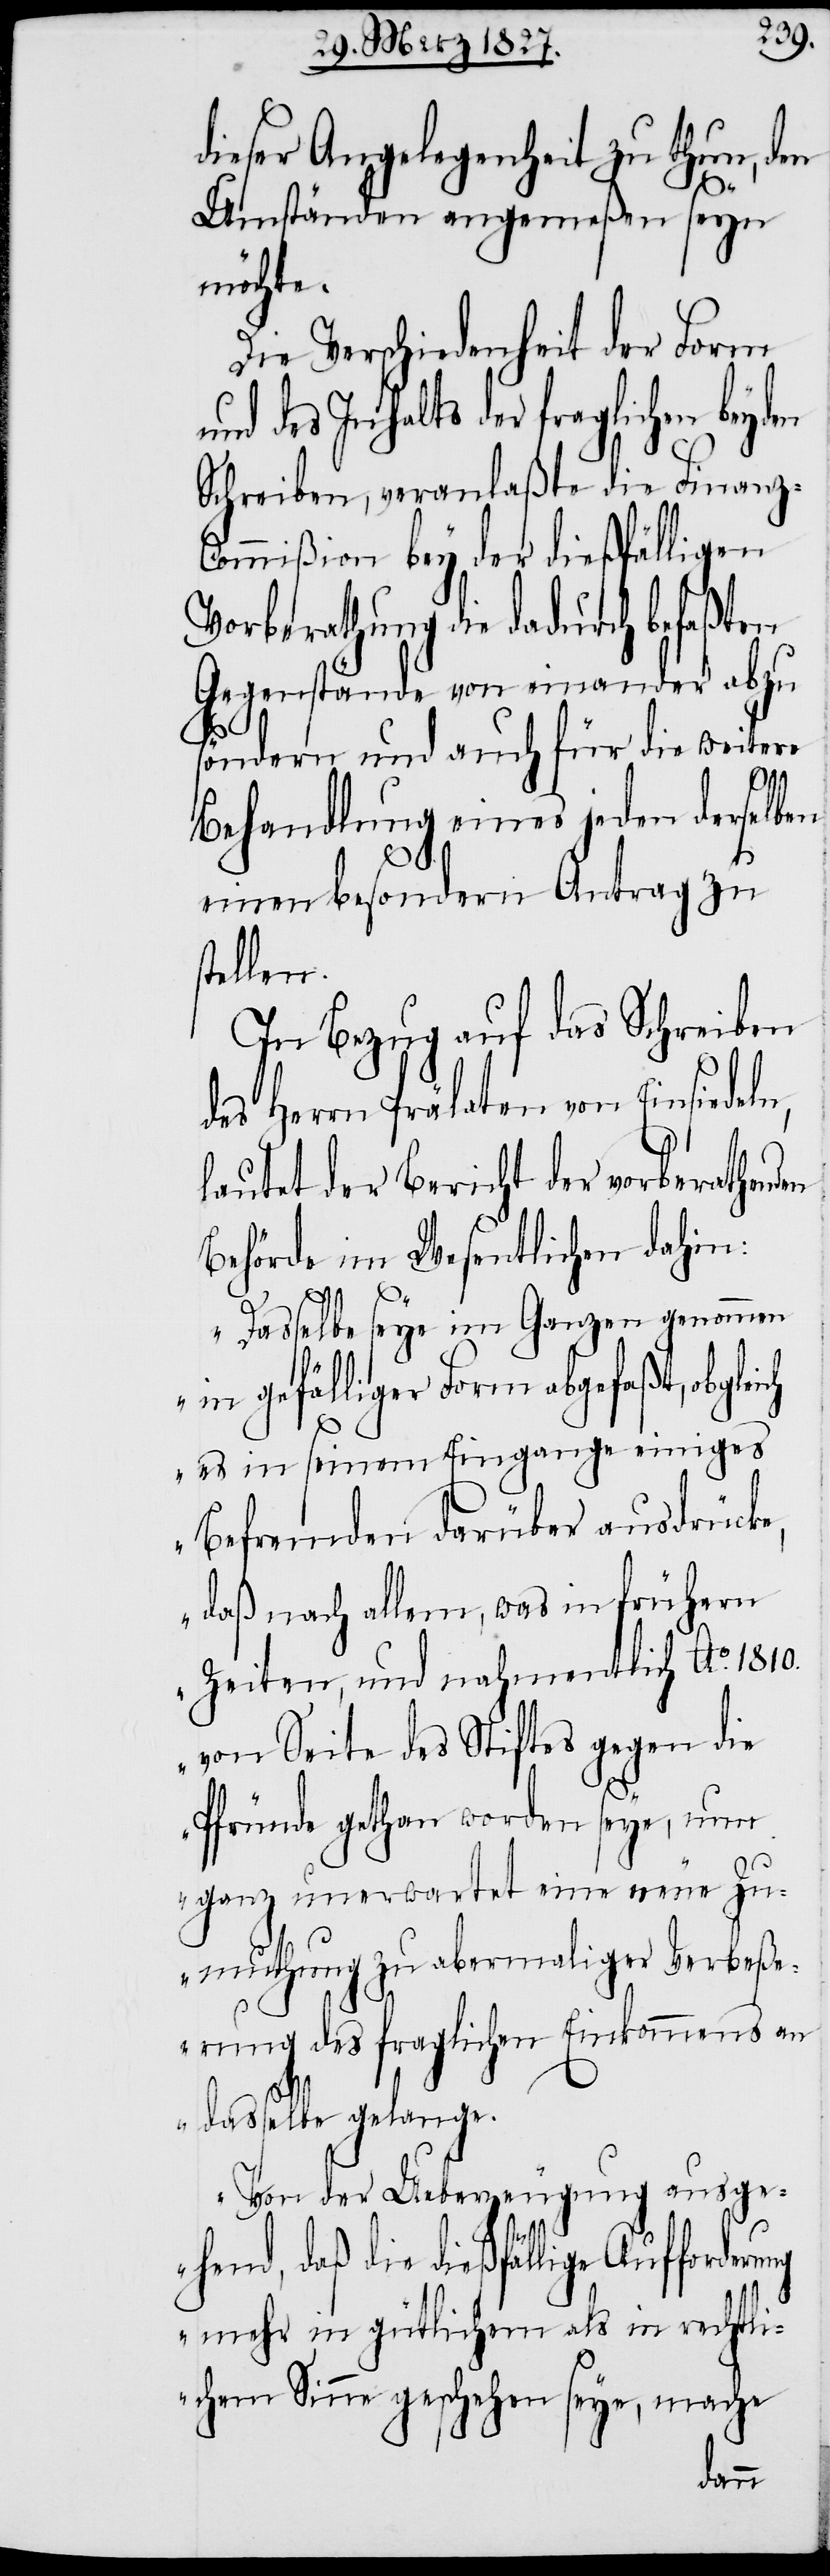
dieser Angelegenheit zu thun, den
Umständen angemeßen seyn
möchte.
Die Verschiedenheit der Form
und des Inhalts der fraglichen beyden
Schreiben, veranlaßte die Finanz-C¬
ommißion bey der dießfälligen
Vorberathung die dadurch befaßten
Gegenstände von einander abzu¬
söndern und auch für die weitere
Behandlung eines jeden derselben
einen besondern Antrag zu
tellen.
In Bezug auf das Schreiben
des Herrn Prälaten von Einsiedeln,
lautet der Bericht der vorberathenden
Behörde im Wesentlichen dahin:
s¬
„Dasselbe seye im Ganzen genommen
in gefälliger Form abgefaßt, obgleich
es in seinem Eingange einiges
Befremden darüber ausdrücke,
daß nach allem, was in frühern
Zeiten, und nahmentlich Ao. 1810.
von Seite des Stiftes gegen die
Pfründe gethan worden seye, nun
ganz unerwartet eine neue Zu¬
muthung zu abermaliger Verbeße¬
rung des fraglichen Einkommens an
dasselbe gelange.
Von der Ueberzeugung ausge¬
hend, daß die dießfällige Aufforderung
mehr in gütlichem als in rechtli¬
chem Sinne geschehen seye, mache